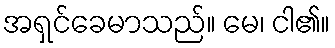
အရှင်ခေမာသည်။ မေ၊ ငါ၏။